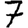
Digit: 7